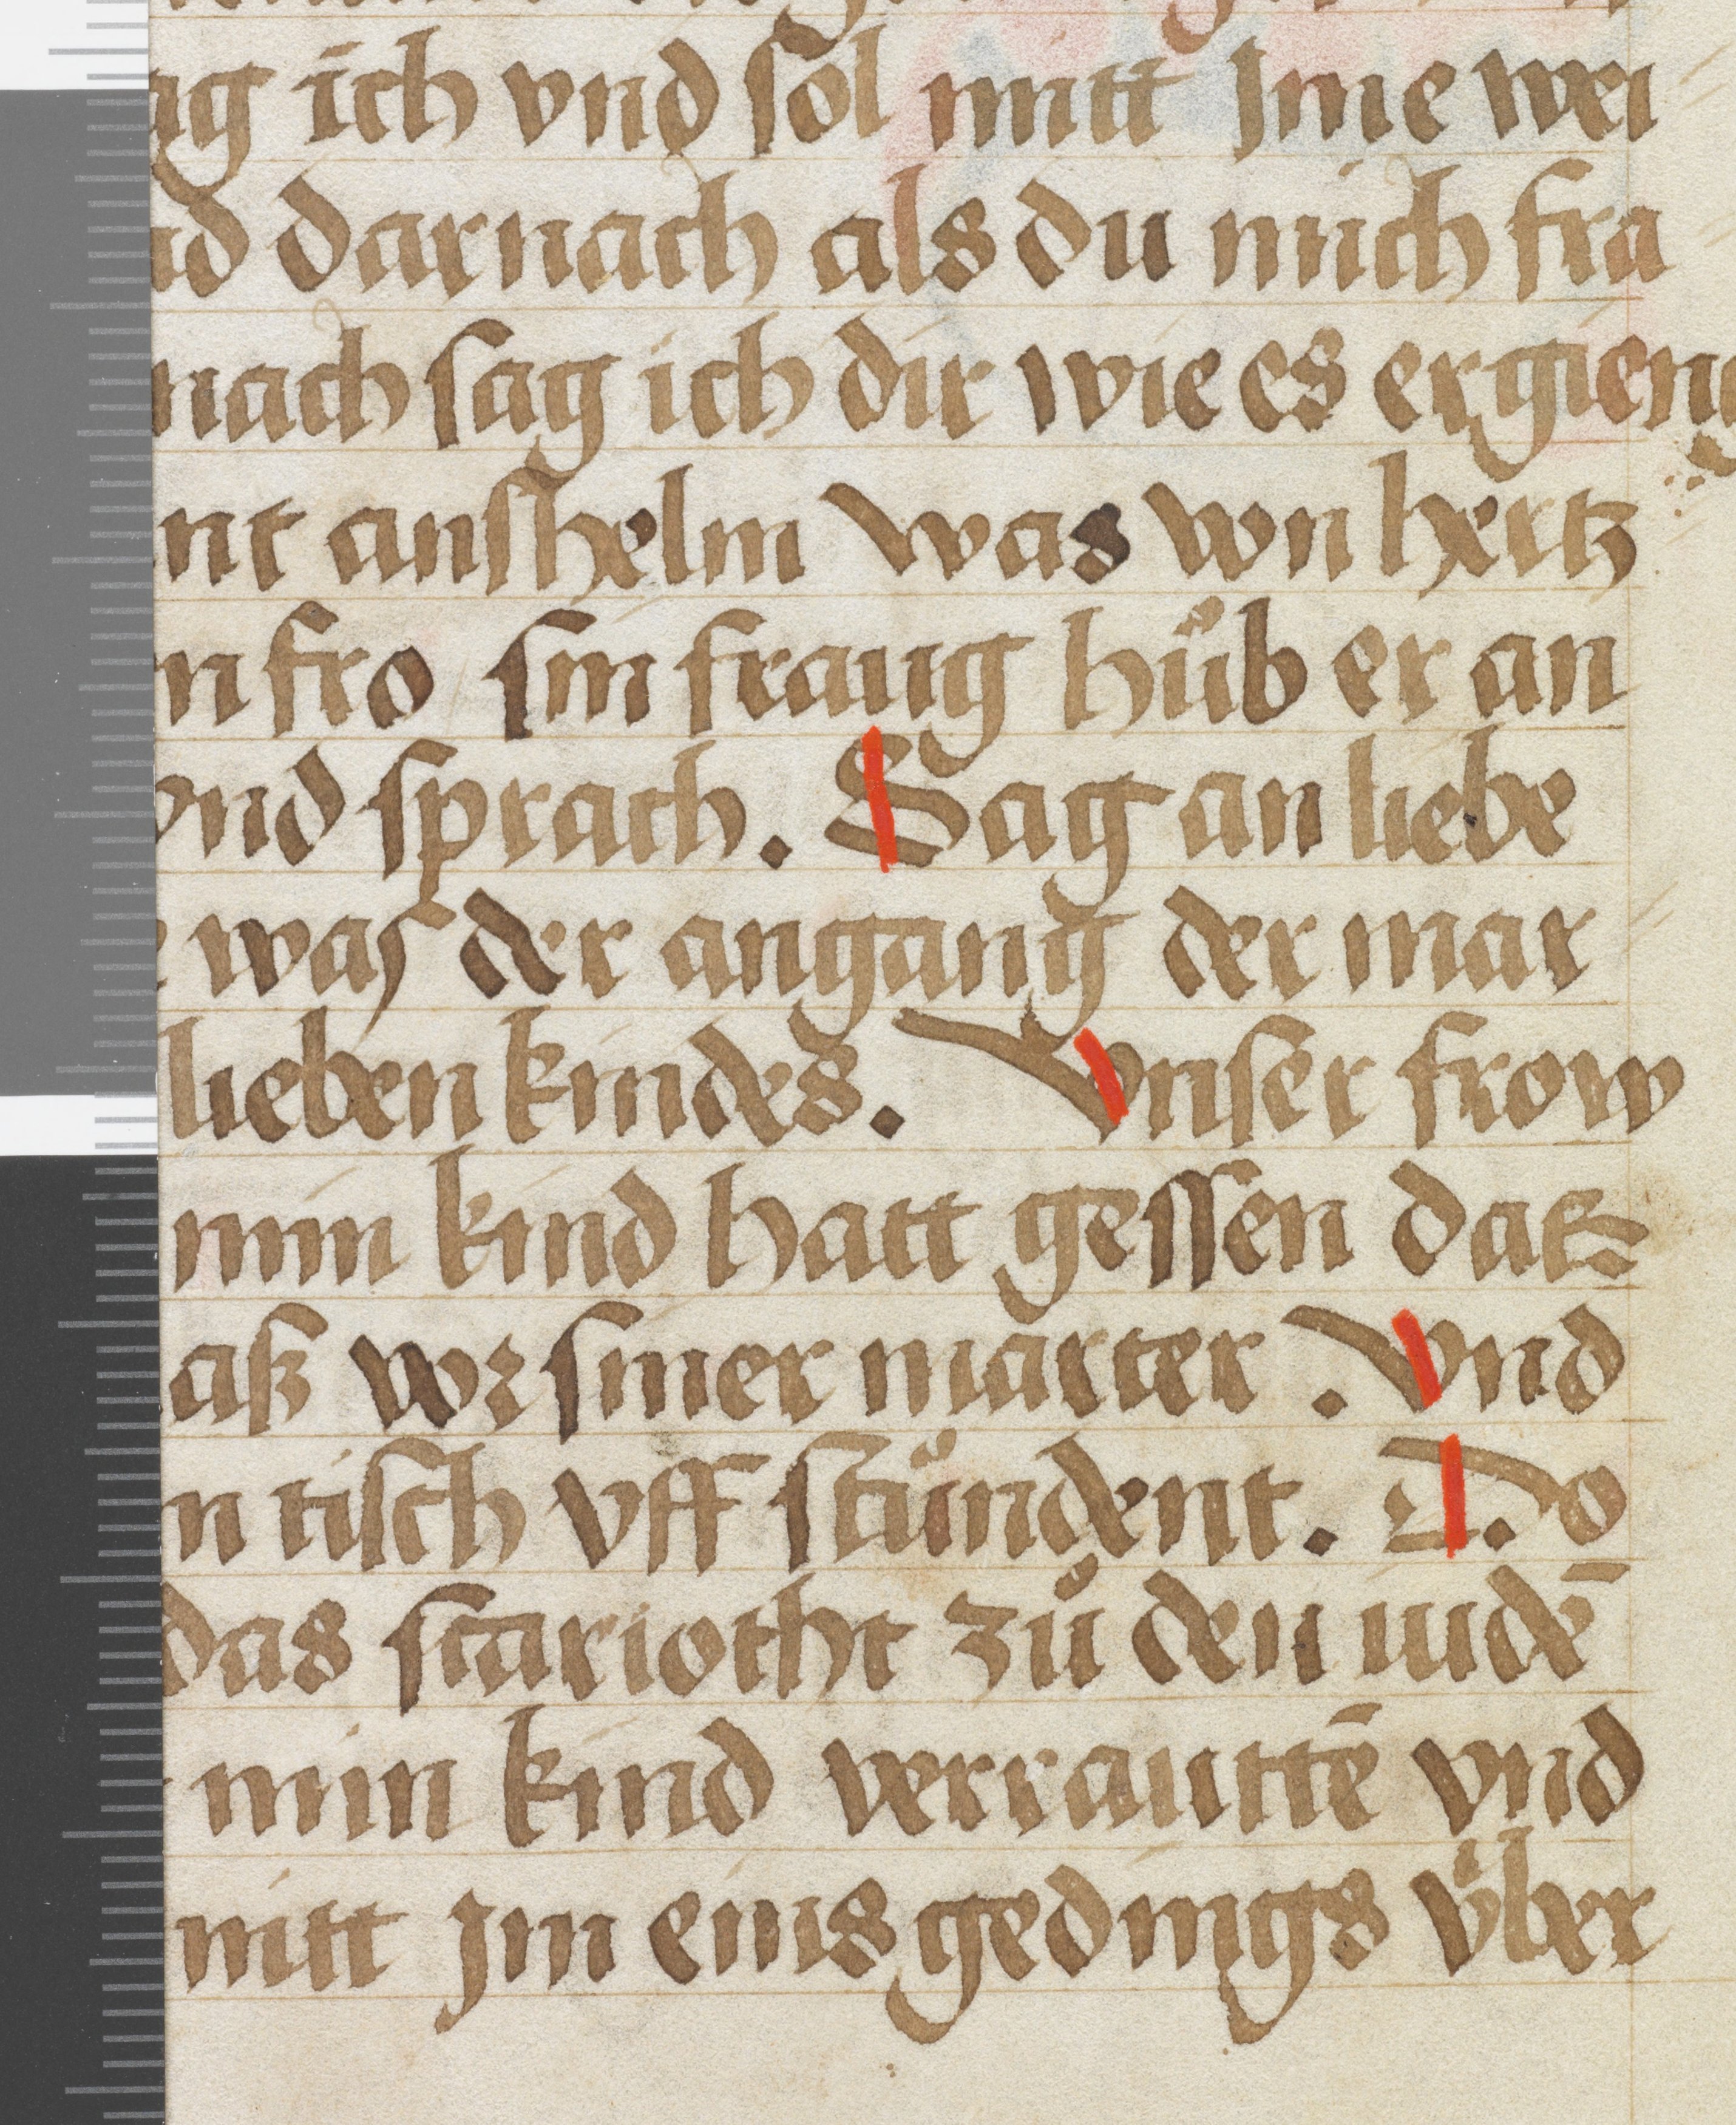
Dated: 1450–1499